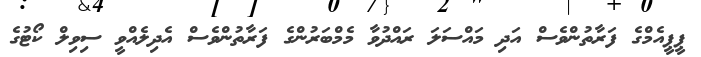
ޕީޕީއެމްގެ ފަރާތުންވެސް އަދި މައްސަލަ ރައްދުވާ މެމްބަރުންގެ ފަރާތުންވެސް އެދިލެއްވީ ސިވިލް ކޯޓުގެ